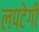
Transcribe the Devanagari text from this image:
लपटेगी